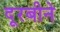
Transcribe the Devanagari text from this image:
दूरबीने